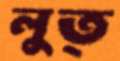
লুত্